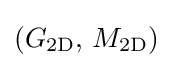
(G_{\mathrm {2D} },\,M_{\mathrm {2D} })